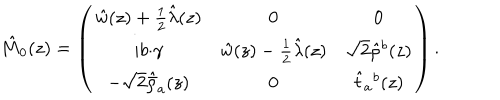
\hat { M } _ { 0 } ( z ) = \displaystyle { \left( \begin{array} { c c c } { { \hat { w } ( z ) + \textstyle { \frac { 1 } { 2 } } \hat { \lambda } ( z ) } } & { { 0 } } & { { 0 } } \\ { { i b { \cdot \gamma } } } & { { \hat { w } ( z ) - \frac { 1 } { 2 } \hat { \lambda } ( z ) } } & { { \sqrt { 2 } \hat { \rho } { } ^ { b } ( z ) } } \\ { { - \sqrt { 2 } \hat { \bar { \rho } } _ { a } ( z ) } } & { { 0 } } & { { \hat { t } { } _ { a } { } ^ { b } ( z ) } } \\ \end{array} \right) } \, .